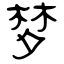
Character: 梦